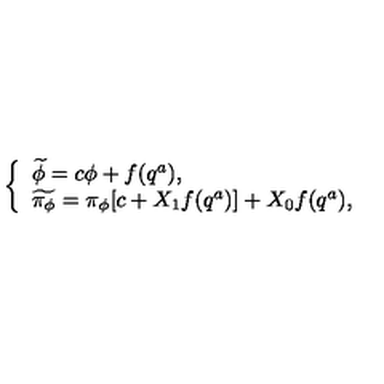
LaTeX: \left\{ \begin{array} { l } { \widetilde { \phi } = c \phi + f ( q ^ { a } ) , } \\ { \widetilde { \pi _ { \phi } } = \pi _ { \phi } [ c + X _ { 1 } f ( q ^ { a } ) ] + X _ { 0 } f ( q ^ { a } ) , } \\ \end{array} \right.